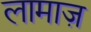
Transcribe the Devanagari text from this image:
लामाज़